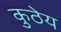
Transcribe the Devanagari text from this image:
कुठेय